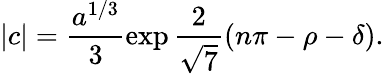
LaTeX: |c|=\frac{a^{1/3}}3\exp{\frac 2{\sqrt 7}(n\pi-\rho-\delta)}.